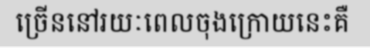
ច្រើននៅរយៈពេលចុងក្រោយនេះគឺ